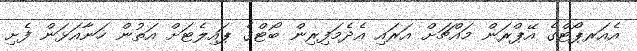
އެއަރޕޯޓްގެ އޭޕްރަން މައްޗަށް އަރައި އެދެމަފިރިން ބޯޓްގެ ޕައިލެޓަށް އަތުން ހަނާއަޅަން ފެށި